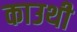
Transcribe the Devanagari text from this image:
काउथी